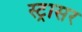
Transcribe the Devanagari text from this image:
स्ट्रासर